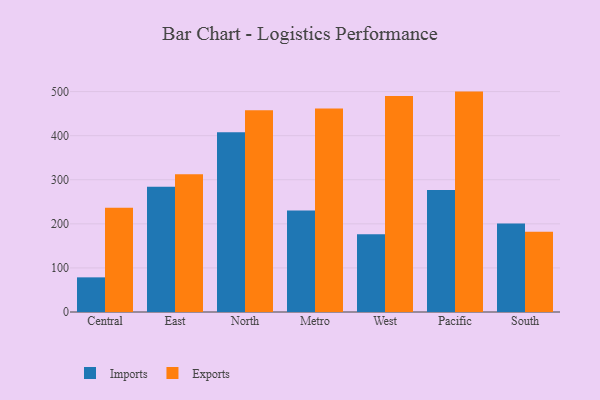
{"axis": {"x": "Region", "y": "Satisfaction Score"}, "legend": ["Exports", "Imports"], "data": [{"x": "Central", "y": 78.6, "type": "Imports"}, {"x": "Central", "y": 236.5, "type": "Exports"}, {"x": "East", "y": 283.9, "type": "Imports"}, {"x": "East", "y": 312.5, "type": "Exports"}, {"x": "North", "y": 407.7, "type": "Imports"}, {"x": "North", "y": 457.6, "type": "Exports"}, {"x": "Metro", "y": 230.5, "type": "Imports"}, {"x": "Metro", "y": 461.6, "type": "Exports"}, {"x": "West", "y": 176.2, "type": "Imports"}, {"x": "West", "y": 489.8, "type": "Exports"}, {"x": "Pacific", "y": 276.9, "type": "Imports"}, {"x": "Pacific", "y": 500.0, "type": "Exports"}, {"x": "South", "y": 200.9, "type": "Imports"}, {"x": "South", "y": 182.2, "type": "Exports"}]}